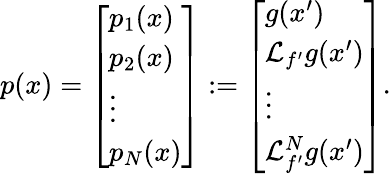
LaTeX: p(x)=\left[\begin{array}{l}{p_{1}(x)}\\ {p_{2}(x)}\\ {\vdots}\\ {p_{N}(x)}\end{array}\right]:=\left[\begin{array}{l}{g(x^{\prime})}\\ {{\mathcal{L}}_{f^{\prime}}g(x^{\prime})}\\ {\vdots}\\ {{\mathcal{L}}_{f^{\prime}}^{N}g(x^{\prime})}\end{array}\right].